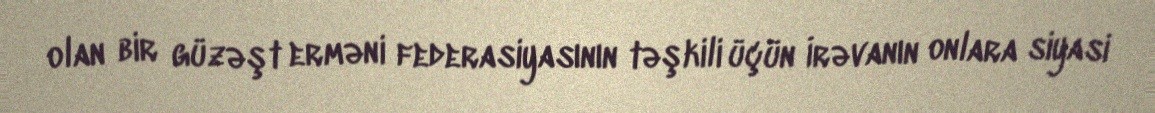
olan bir güzəşt erməni federasiyasının təşkili üçün İrəvanın onlara siyasi